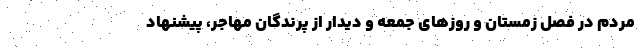
مردم در فصل زمستان و روزهای جمعه و دیدار از پرندگانِ مهاجر، پیشنهاد